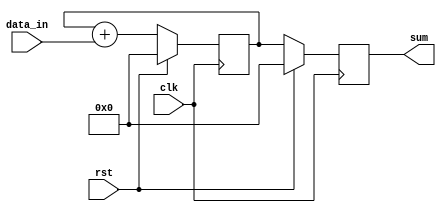
module cascaded_accumulator (
    input wire clk,
    input wire rst,
    input wire [7:0] data_in,
    output reg [31:0] sum
);

reg [31:0] temp_sum;

always @(posedge clk) begin
    if (rst) begin
        sum <= 0;
        temp_sum <= 0;
    end else begin
        temp_sum <= temp_sum + data_in;
        sum <= temp_sum;
    end
end

endmodule